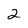
Character: 2